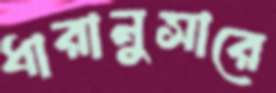
ধারানুসারে